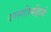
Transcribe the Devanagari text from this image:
वनस्पतिभक्षियों